Indian Civil Veterinary Department memoirs
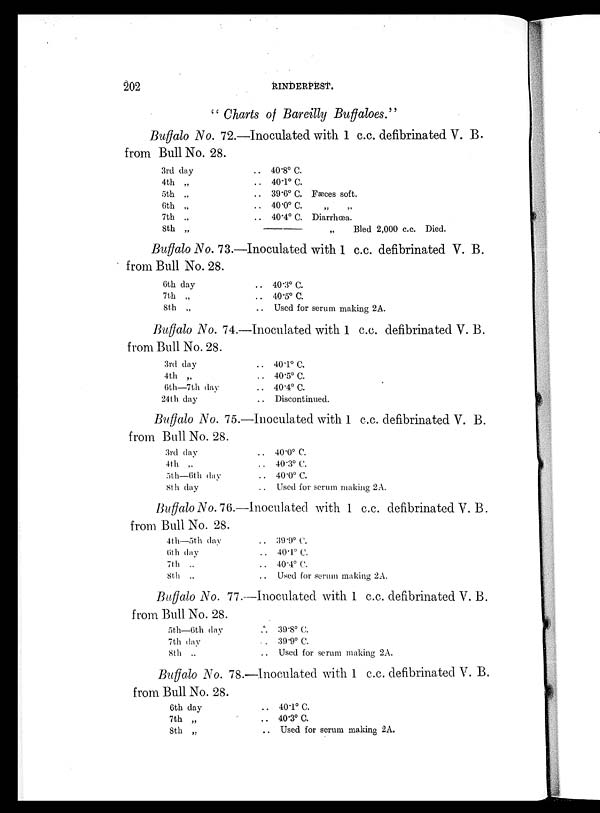
202
RINDERPEST.
" Charts of Bareilly Buffaloes."
Buffalo No. 72.—Inoculated with 1 c.c. defibrinated V. B.
from Bull No. 28.
3rd day
4th „
5th „
6th „
7th „
8th „
.. 40.8º C.
.. 40.1º C.
.. 39.6º C. Fæces soft.
.. 40.0º C. „ „ „
.. 40.4º C. Diarrhœa.
—
„
Bled 2,000 c.c. Died.
Buffalo No. 73.—Inoculated with 1 c.c. defibrinated V. B.
from Bull No. 28.
6th day
7th „
8th „
.. 40.3º C.
.. 40.5º C.
.. Used for serum making 2A.
Buffalo No. 74.—Inoculated with 1 c.c. defibrinated V. B.
from Bull No. 28.
3rd day
4th „
6th—7th day
24th day
.. 40.1º C.
.. 40.5º C.
.. 40.4º C.
.. Discontinued.
Buffalo No. 75.—Inoculated with 1 c.c. defibrinated V. B.
from Bull No. 28.
3rd day
4th „
5th—6th day
8th day
.. 40.0º C.
.. 40.3º C.
.. 40.0º C.
.. Used for serum making 2A.
Buffalo No. 76.—Inoculated with 1 c.c. defibrinated V. B.
from Bull No. 28.
4th—5th day
6th day
7th „
8th „
.. 30.9º C.
.. 40.1º C.
.. 40.4º C.
Used for serum making 2A.
Buffalo No. 77.—Inoculated with 1 c.c. defibrinated V. B.
from Bull No. 28.
5th—6th day
7th day
8th „
.. 39.8º C.
.. 39.9º C.
Used for serum making 2A.
Buffalo No. 78.—Inoculated with 1 c.c. defibrinated V. B.
from Bull No. 28.
6th day
7th „
8th „
.. 40.1º C.
.. 40.3º C.
.. Used for serum making 2A.